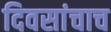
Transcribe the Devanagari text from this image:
दिवसांचाच